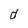
Character: d